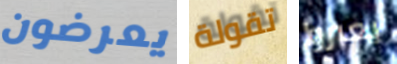
يعرضون تقولة يعبروا